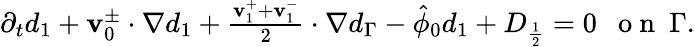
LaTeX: \begin{array}{r}{\partial_{t}d_{1}+\mathbf{v}_{0}^{\pm}\cdot\nabla d_{1}+\frac{\mathbf{v}_{1}^{+}+\mathbf{v}_{1}^{-}}{2}\cdot\nabla d_{\Gamma}-\hat{\phi}_{0}d_{1}+D_{\frac{1}{2}}=0\ \ \mathrm{~o~n~}\ \Gamma.}\end{array}